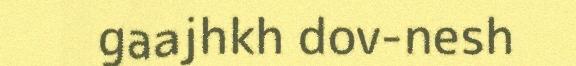
gaajhkh dov-nesh